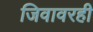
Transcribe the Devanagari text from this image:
जिवावरही